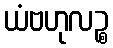
ယံဗဟုလဉ္စ